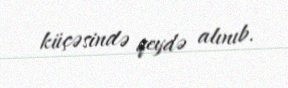
küçəsində qeydə alınıb.